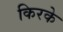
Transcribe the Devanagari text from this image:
किरके